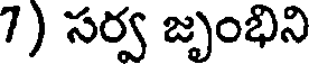
7) సర్వ జృంభిని